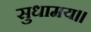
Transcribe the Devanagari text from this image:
सुधामय॥